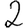
Digit: 2